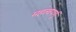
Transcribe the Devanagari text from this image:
महत्वपर्णू